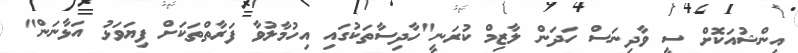
އިންޝުއަކޮށް ސީ ވާދިނަސް ހަދަން ލާޒިމް ކުރަނީ"ހާދިސާތަކުގައި އިހުމާލުވާ ފަރާތްތަކަށްް ފިޔަވަޅު އަޅާނަން"